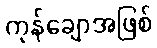
ကုန်ချောအဖြစ်